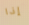
إذا